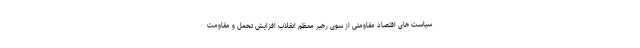
سیاست های اقتصاد مقاومتی از سوی رهبر معظم انقلاب افزایش تحمل و مقاومت